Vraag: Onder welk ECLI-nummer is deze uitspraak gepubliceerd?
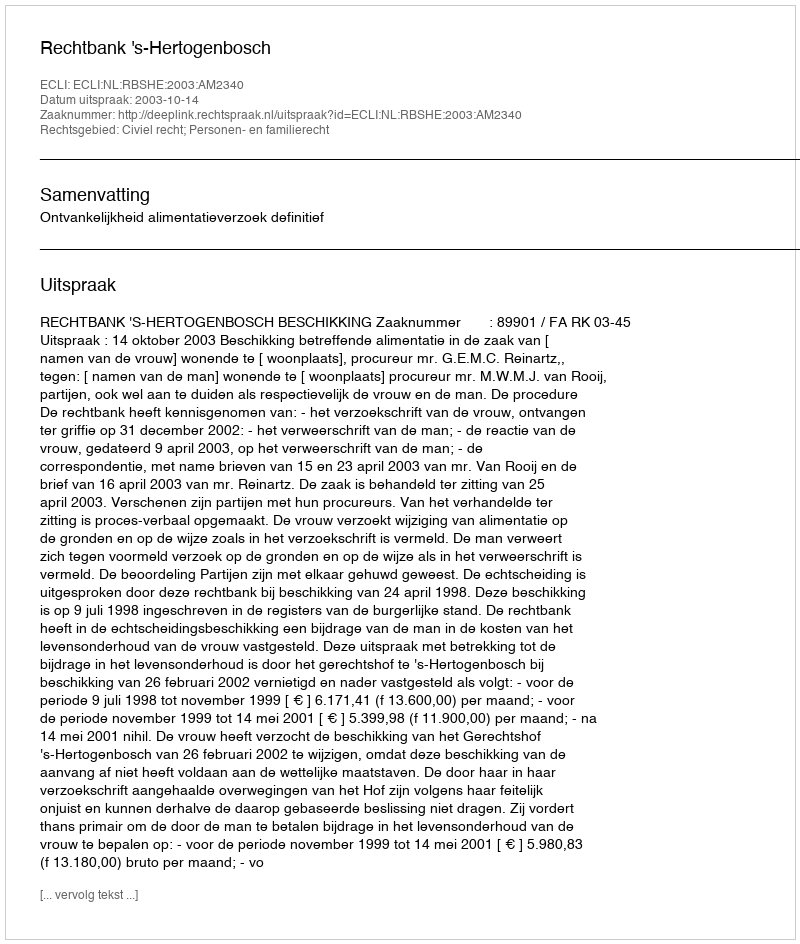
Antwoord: ECLI:NL:RBSHE:2003:AM2340